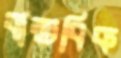
বাস্তবিক